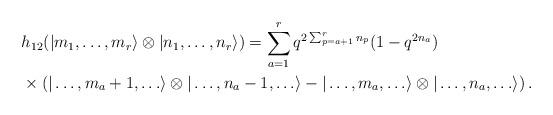
LaTeX: \begin{align*}& h_{12}(|m_{1}, \ldots , m_{r}\rangle \otimes |n_{1}, \ldots , n_{r}\rangle)=\sum_{a=1}^{r}q^{2\sum_{p=a+1}^{r}n_{p}}(1-q^{2n_{a}}) \\ &{}\times\left( |\ldots , m_{a}+1, \ldots \rangle \otimes |\ldots, n_{a}-1, \ldots \rangle-|\ldots , m_{a}, \ldots \rangle \otimes |\ldots, n_{a}, \ldots \rangle\right). \end{align*}